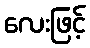
လေးဖြင့်